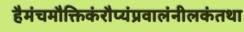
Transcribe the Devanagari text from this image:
हैमंचमौक्तिकंरौप्यंप्रवालंनीलकंतथा